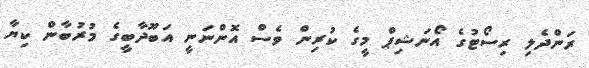
ރަންދެލި ރިސޯޓުގެ އޯނަޝިޕް މީގެ ކުރިން ވެސް އޮންނަނީ އަބޫދާބީގެ މުރުބާން ކިޔާ